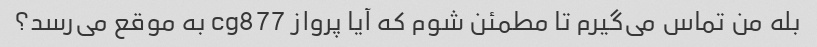
بله من تماس می‌گیرم تا مطمئن شوم که آیا پرواز cg877 به موقع می‌رسد؟